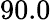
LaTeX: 90.0